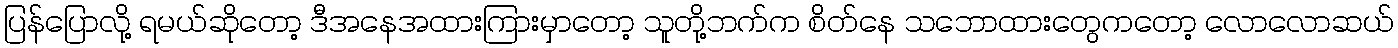
ပြန်ပြောလို့ ရမယ်ဆိုတော့ ဒီအနေအထားကြားမှာတော့ သူတို့ဘက်က စိတ်နေ သဘောထားတွေကတော့ လောလောဆယ်